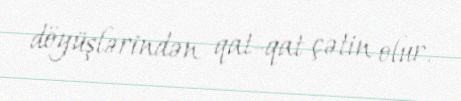
döyüşlərindən qat-qat çətin olur.